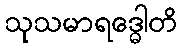
သုသမာရဒ္ဓေါတိ